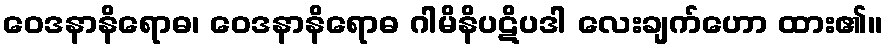
ဝေဒနာနိရောဓ၊ ဝေဒနာနိရောဓ ဂါမိနိပဋိပဒါ လေးချက်ဟော ထား၏။